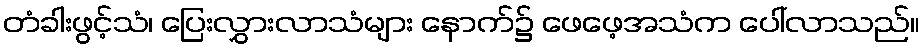
တံခါးဖွင့်သံ၊ ပြေးလွှားလာသံများ နောက်၌ ဖေဖေ့အသံက ပေါ်လာသည်။